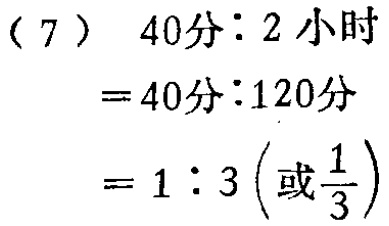
\begin{align*}

&(7)\quad40\text{分}:2\text{小时}\\

=&40\text{分}:120\text{分}\\

=&40\text{分}:120\text{分}\\

=&1:3\left(\text{或}\frac{1}{3}\right)

\end{align*}